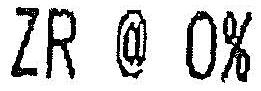
ZR @ 0%